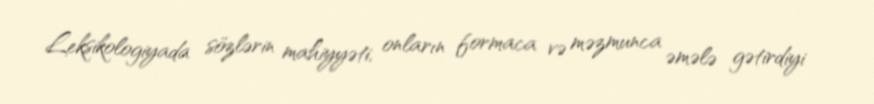
Leksikologiyada sözlərin mahiyyəti, onların formaca və məzmunca əmələ gətirdiyi